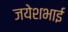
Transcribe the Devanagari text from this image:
जयेशभाई